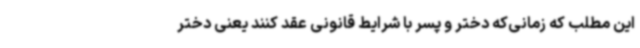
این مطلب که زمانی‌که دختر و پسر با شرایط قانونی عقد کنند یعنی دختر